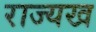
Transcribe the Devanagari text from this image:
राज्यख